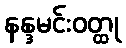
နန္ဒမင်းဝတ္ထု